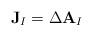
LaTeX: \begin{align*}\mathbf{J}_{I}=\Delta \mathbf{A}_{I}\end{align*}